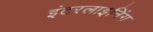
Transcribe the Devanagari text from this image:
इंटरलाइनिंग